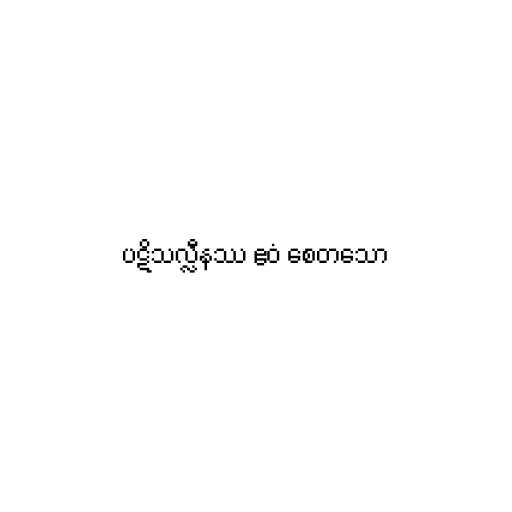
ပဋိသလ္လီနဿ ဧဝံ စေတသော